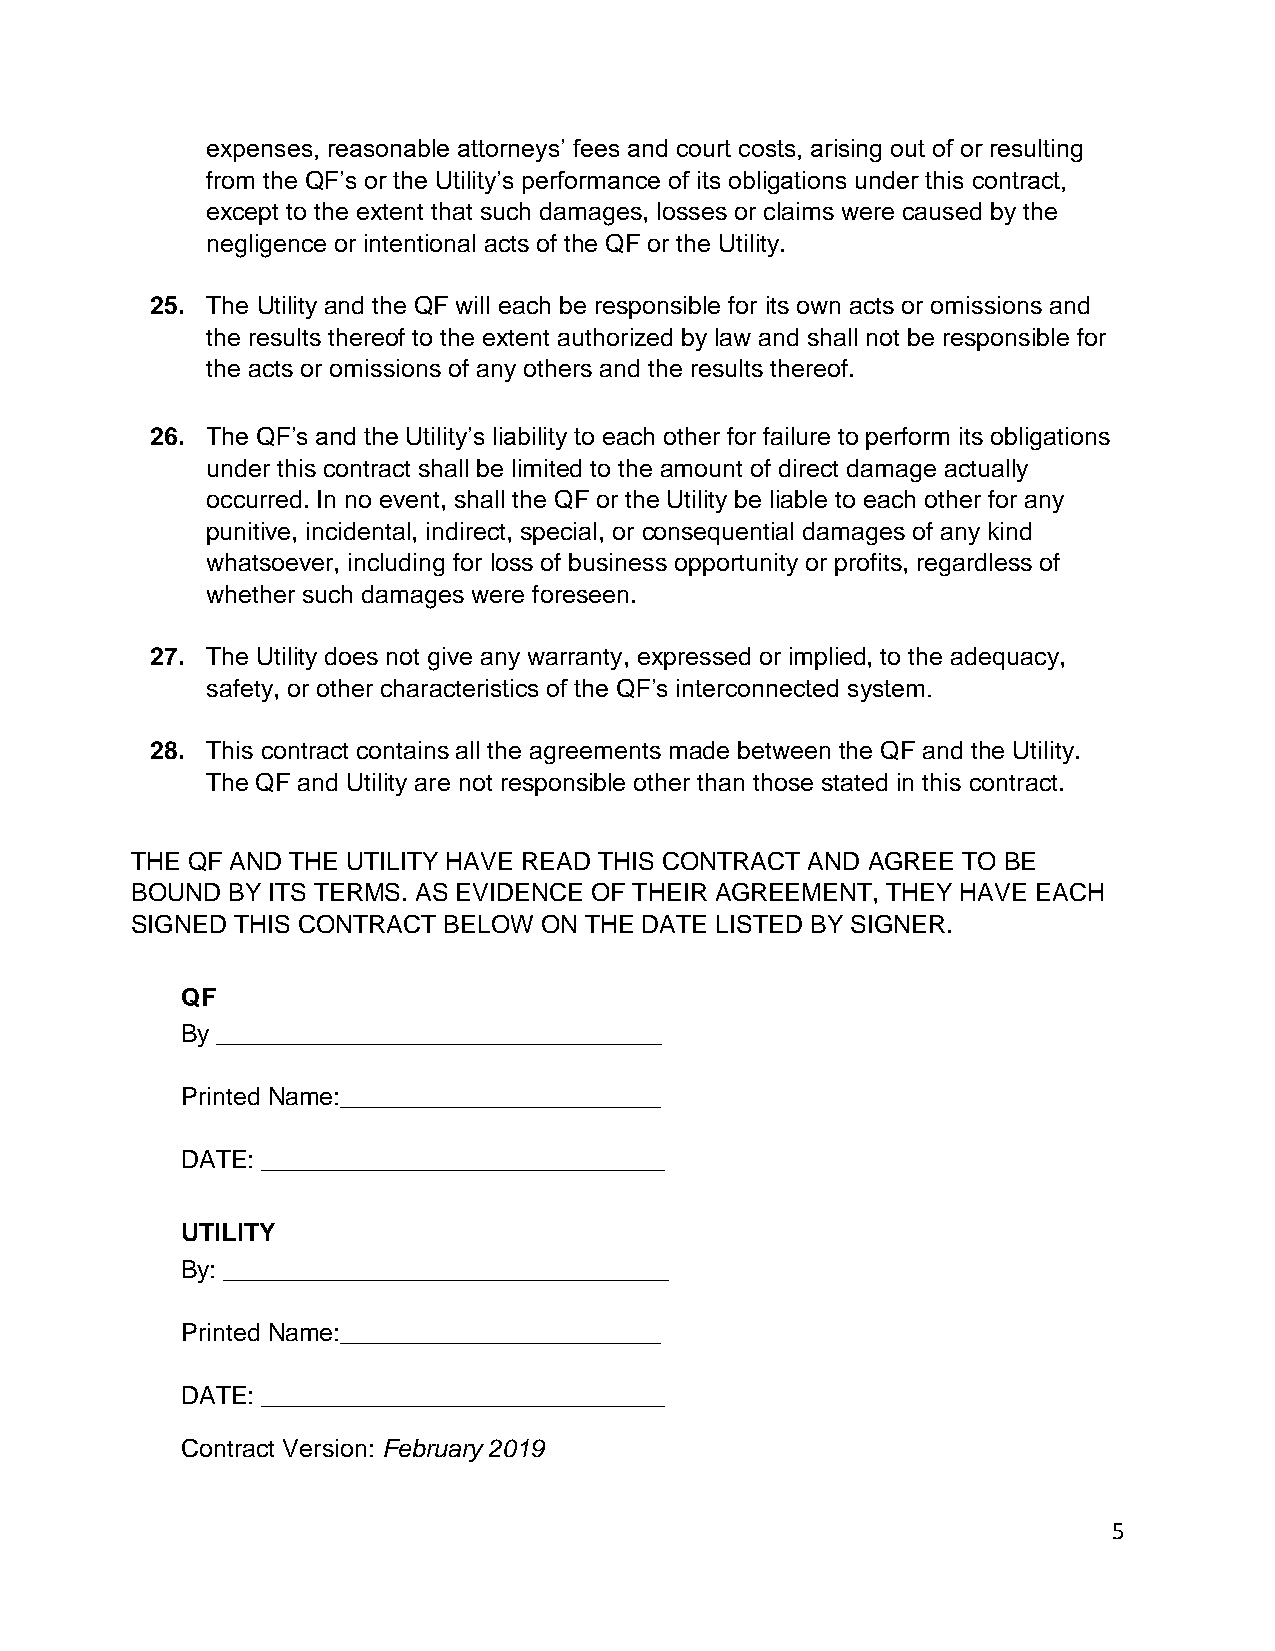
expenses, reasonable attorneys’ fees and court costs, arising out of or resulting
 from the QF’s or the Utility’s performance of its obligations under this contract,
 except to the extent that such damages, losses or claims were caused by the
 negligence or intentional acts of the QF or the Utility.
 25. The Utility and the QF will each be responsible for its own acts or omissions and
 the results thereof to the extent authorized by law and shall not be responsible for
 the acts or omissions of any others and the results thereof.
 26. The QF’s and the Utility’s liability to each other for failure to perform its obligations
 under this contract shall be limited to the amount of direct damage actually
 occurred. In no event, shall the QF or the Utility be liable to each other for any
 punitive, incidental, indirect, special, or consequential damages of any kind
 whatsoever, including for loss of business opportunity or profits, regardless of
 whether such damages were foreseen.
 27. The Utility does not give any warranty, expressed or implied, to the adequacy,
 safety, or other characteristics of the QF’s interconnected system.
 28. This contract contains all the agreements made between the QF and the Utility.
 The QF and Utility are not responsible other than those stated in this contract.
 THE QF AND THE UTILITY HAVE READ THIS CONTRACT AND AGREE TO BE
 BOUND BY ITS TERMS. AS EVIDENCE OF THEIR AGREEMENT, THEY HAVE EACH
 SIGNED THIS CONTRACT BELOW ON THE DATE LISTED BY SIGNER.
 QF
 By ________________________________
 Printed Name:_______________________
 DATE: _____________________________
 UTILITY
 By: ________________________________
 Printed Name:_______________________
 DATE: _____________________________
 Contract Version: February 2019
 5